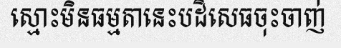
ស្មោះមិនធម្មតានេះបដិសេធចុះចាញ់